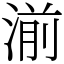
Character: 湔